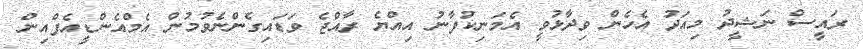
ރައީސް ނަޝީދު މިއަދު އެހެން ވިދާޅުވީ އެމަނިކުފާނު އިއްޔެ ރާއްޖެ ވަޑައިގެންނެވުމުން އެމްއެންޑީއެފްއިން